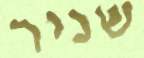
שניר